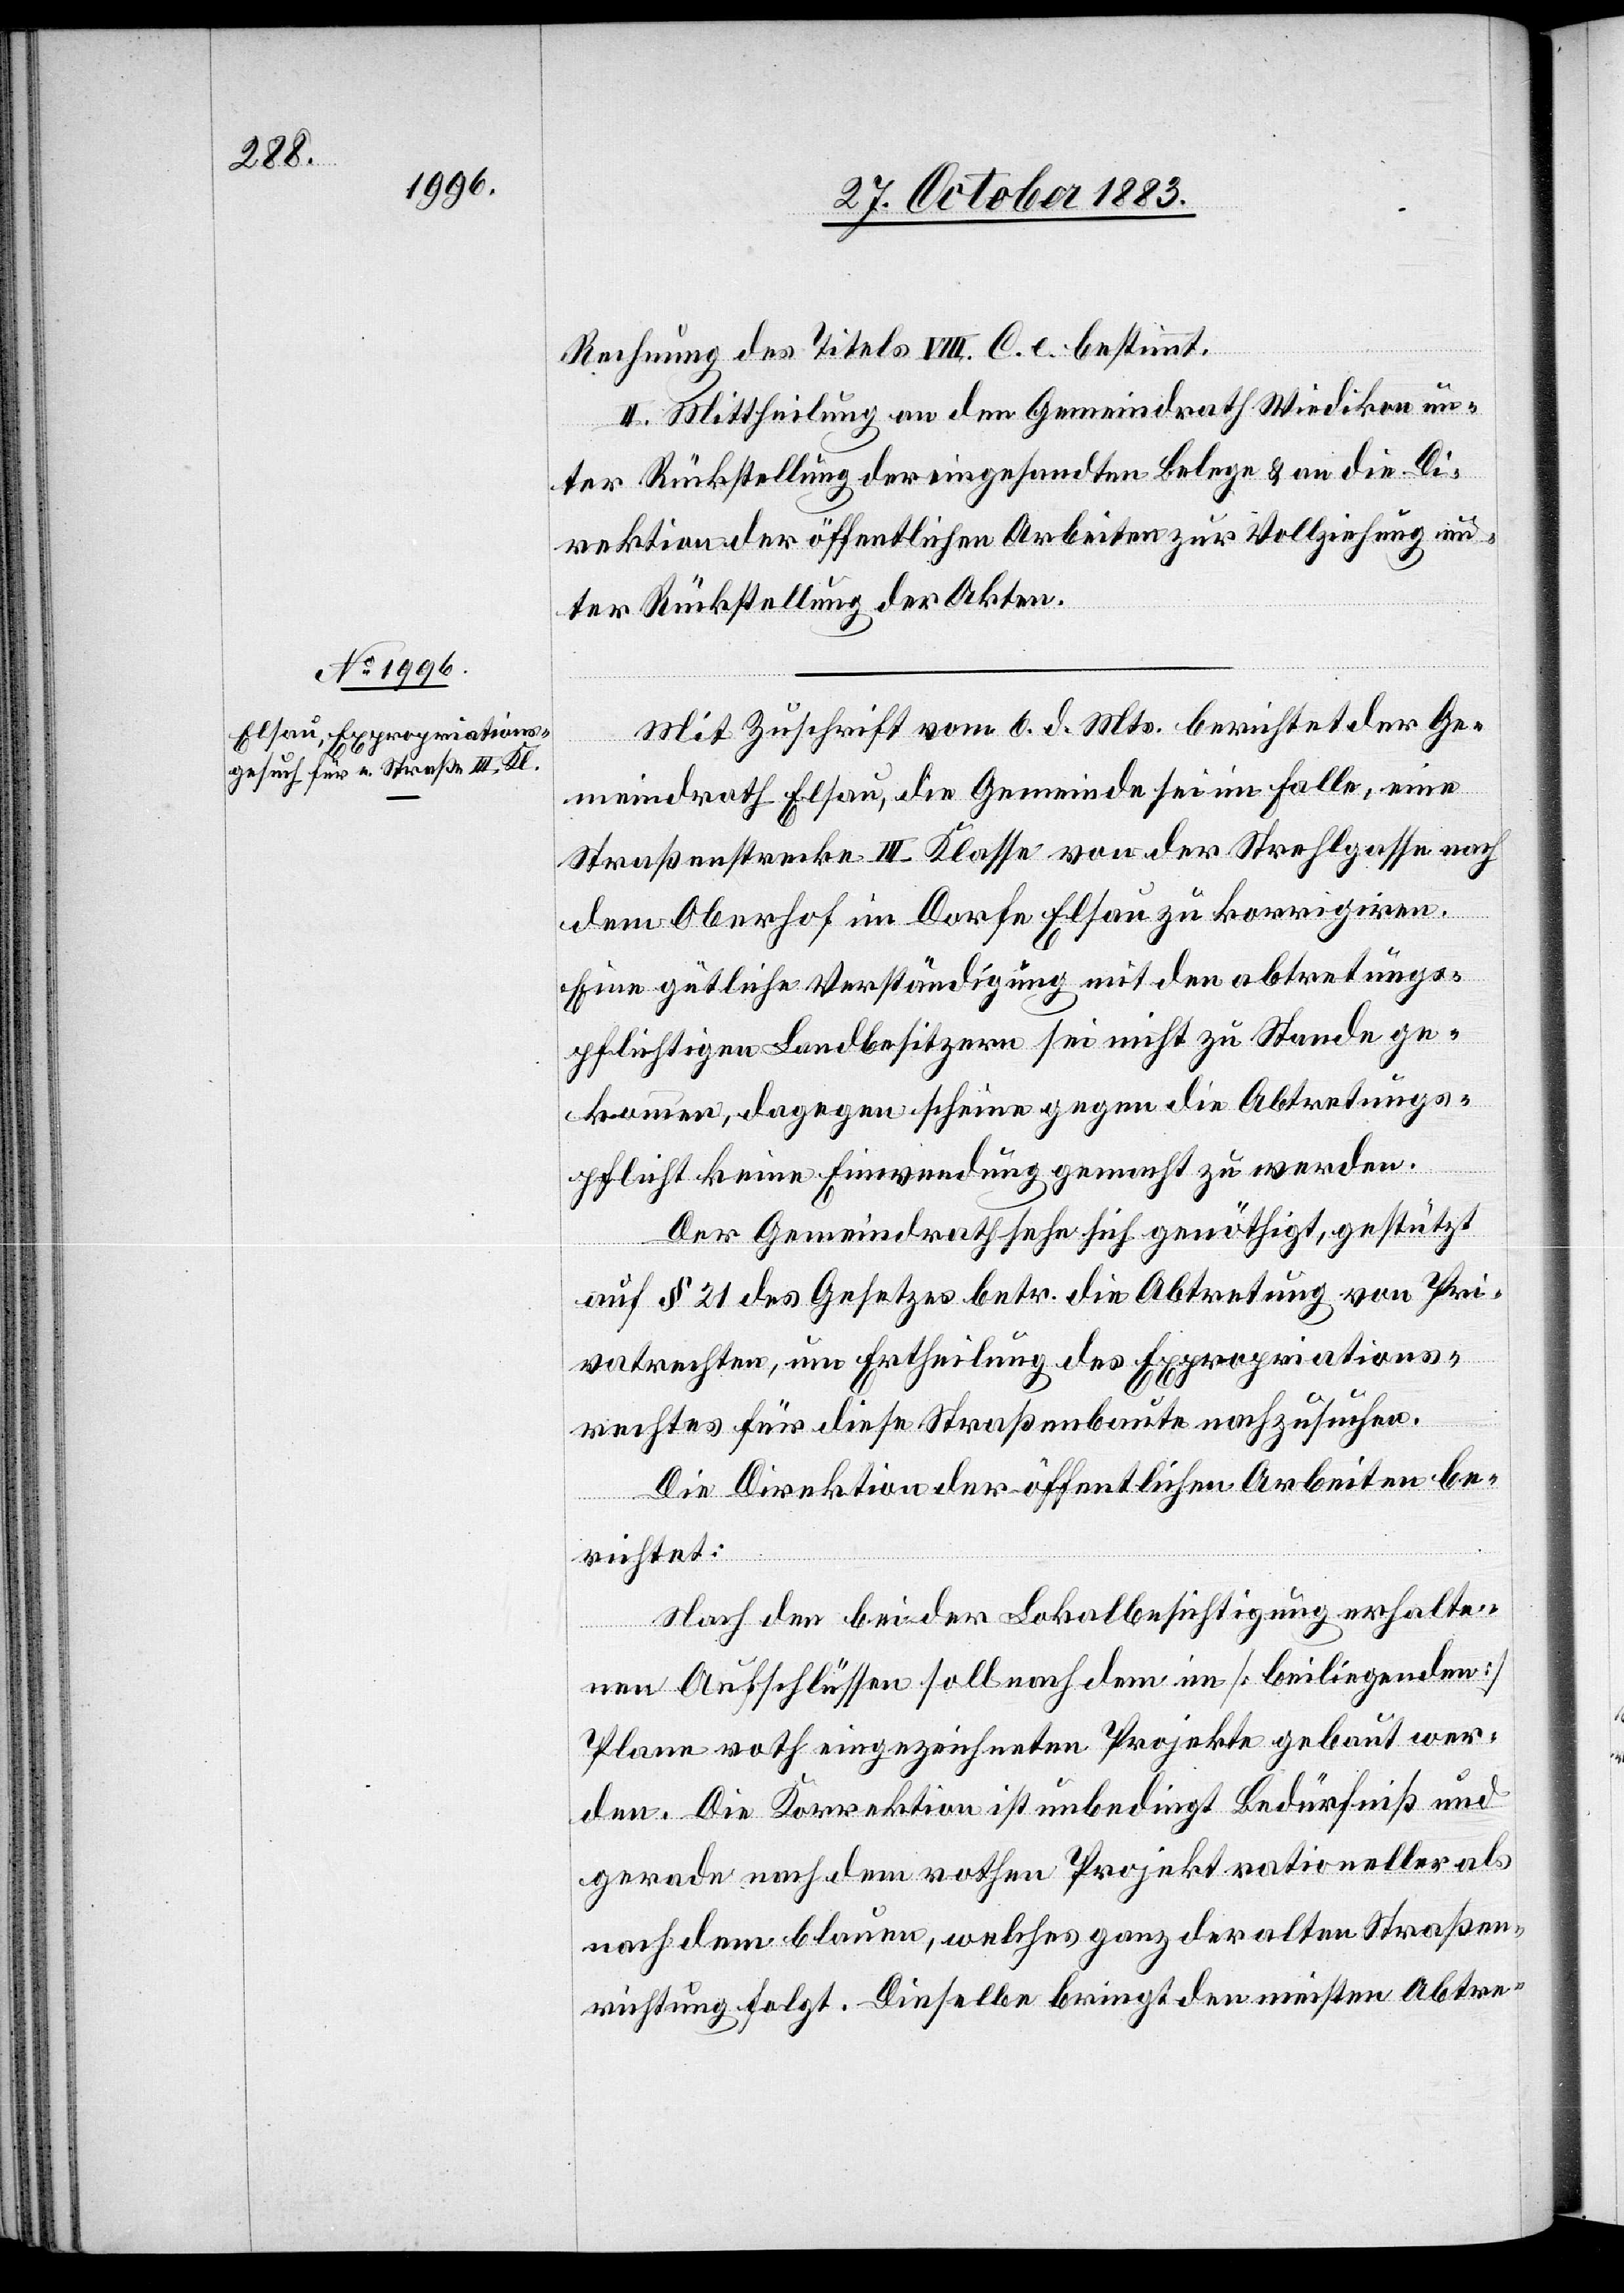
Rechnung des Titels VIII. C. e. bestimmt.
II. Mittheilung an den Gemeindrath Wiedikon un¬
ter Rückstellung der eingesandten Belege & an die Di¬
rektion der öffentlichen Arbeiten zur Vollziehung un¬
ter Rückstellung der Akten.
Mit Zuschrift vom 6. d. Mts. berichtet der Ge¬
meindrath Elsau, die Gemeinde sei im Falle, eine
Straßenstrecke III. Klasse von der Strehlgasse nach
dem Oberhof im Dorfe Elsau zu korrigiren.
Eine gütliche Verständigung mit den abtretungs¬
pflichtigen Landbesitzern sei nicht zu Stande ge¬
kommen, dagegen scheine gegen die Abtretungs¬
pflicht keine Einwendung gemacht zu werden.
Der Gemeindrath sehe sich genöthigt, gestützt
auf § 21 des Gesetzes betr. die Abtretung von Pri¬
vatrechten, um Ertheilung des Expropriations¬
rechtes für diese Straßenbaute nachzusuchen.
Die Direktion der öffentlichen Arbeiten be¬
richtet:
Nach den bei der Lokalbesichtigung erhalte¬
nen Aufschlüssen soll nach dem im [beiliegenden]
Plane roth eingezeichneten Projekte gebaut wer¬
den. Die Korrektion ist unbedingt Bedürfniß und
gerade nach dem rothen Projekt rationeller als
nach dem blauen, welches ganz der alten Straßen¬
richtung folgt. Dieselbe bringt den meisten Abtre-